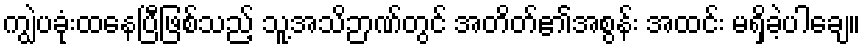
ကျွဲပခုံးထနေပြီဖြစ်သည့် သူ့အသိဉာဏ်တွင် အတိတ်၏အစွန်း အထင်း မရှိခဲ့ပါချေ။